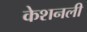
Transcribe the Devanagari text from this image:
केशनली